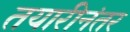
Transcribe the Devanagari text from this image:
तयारीनंतर